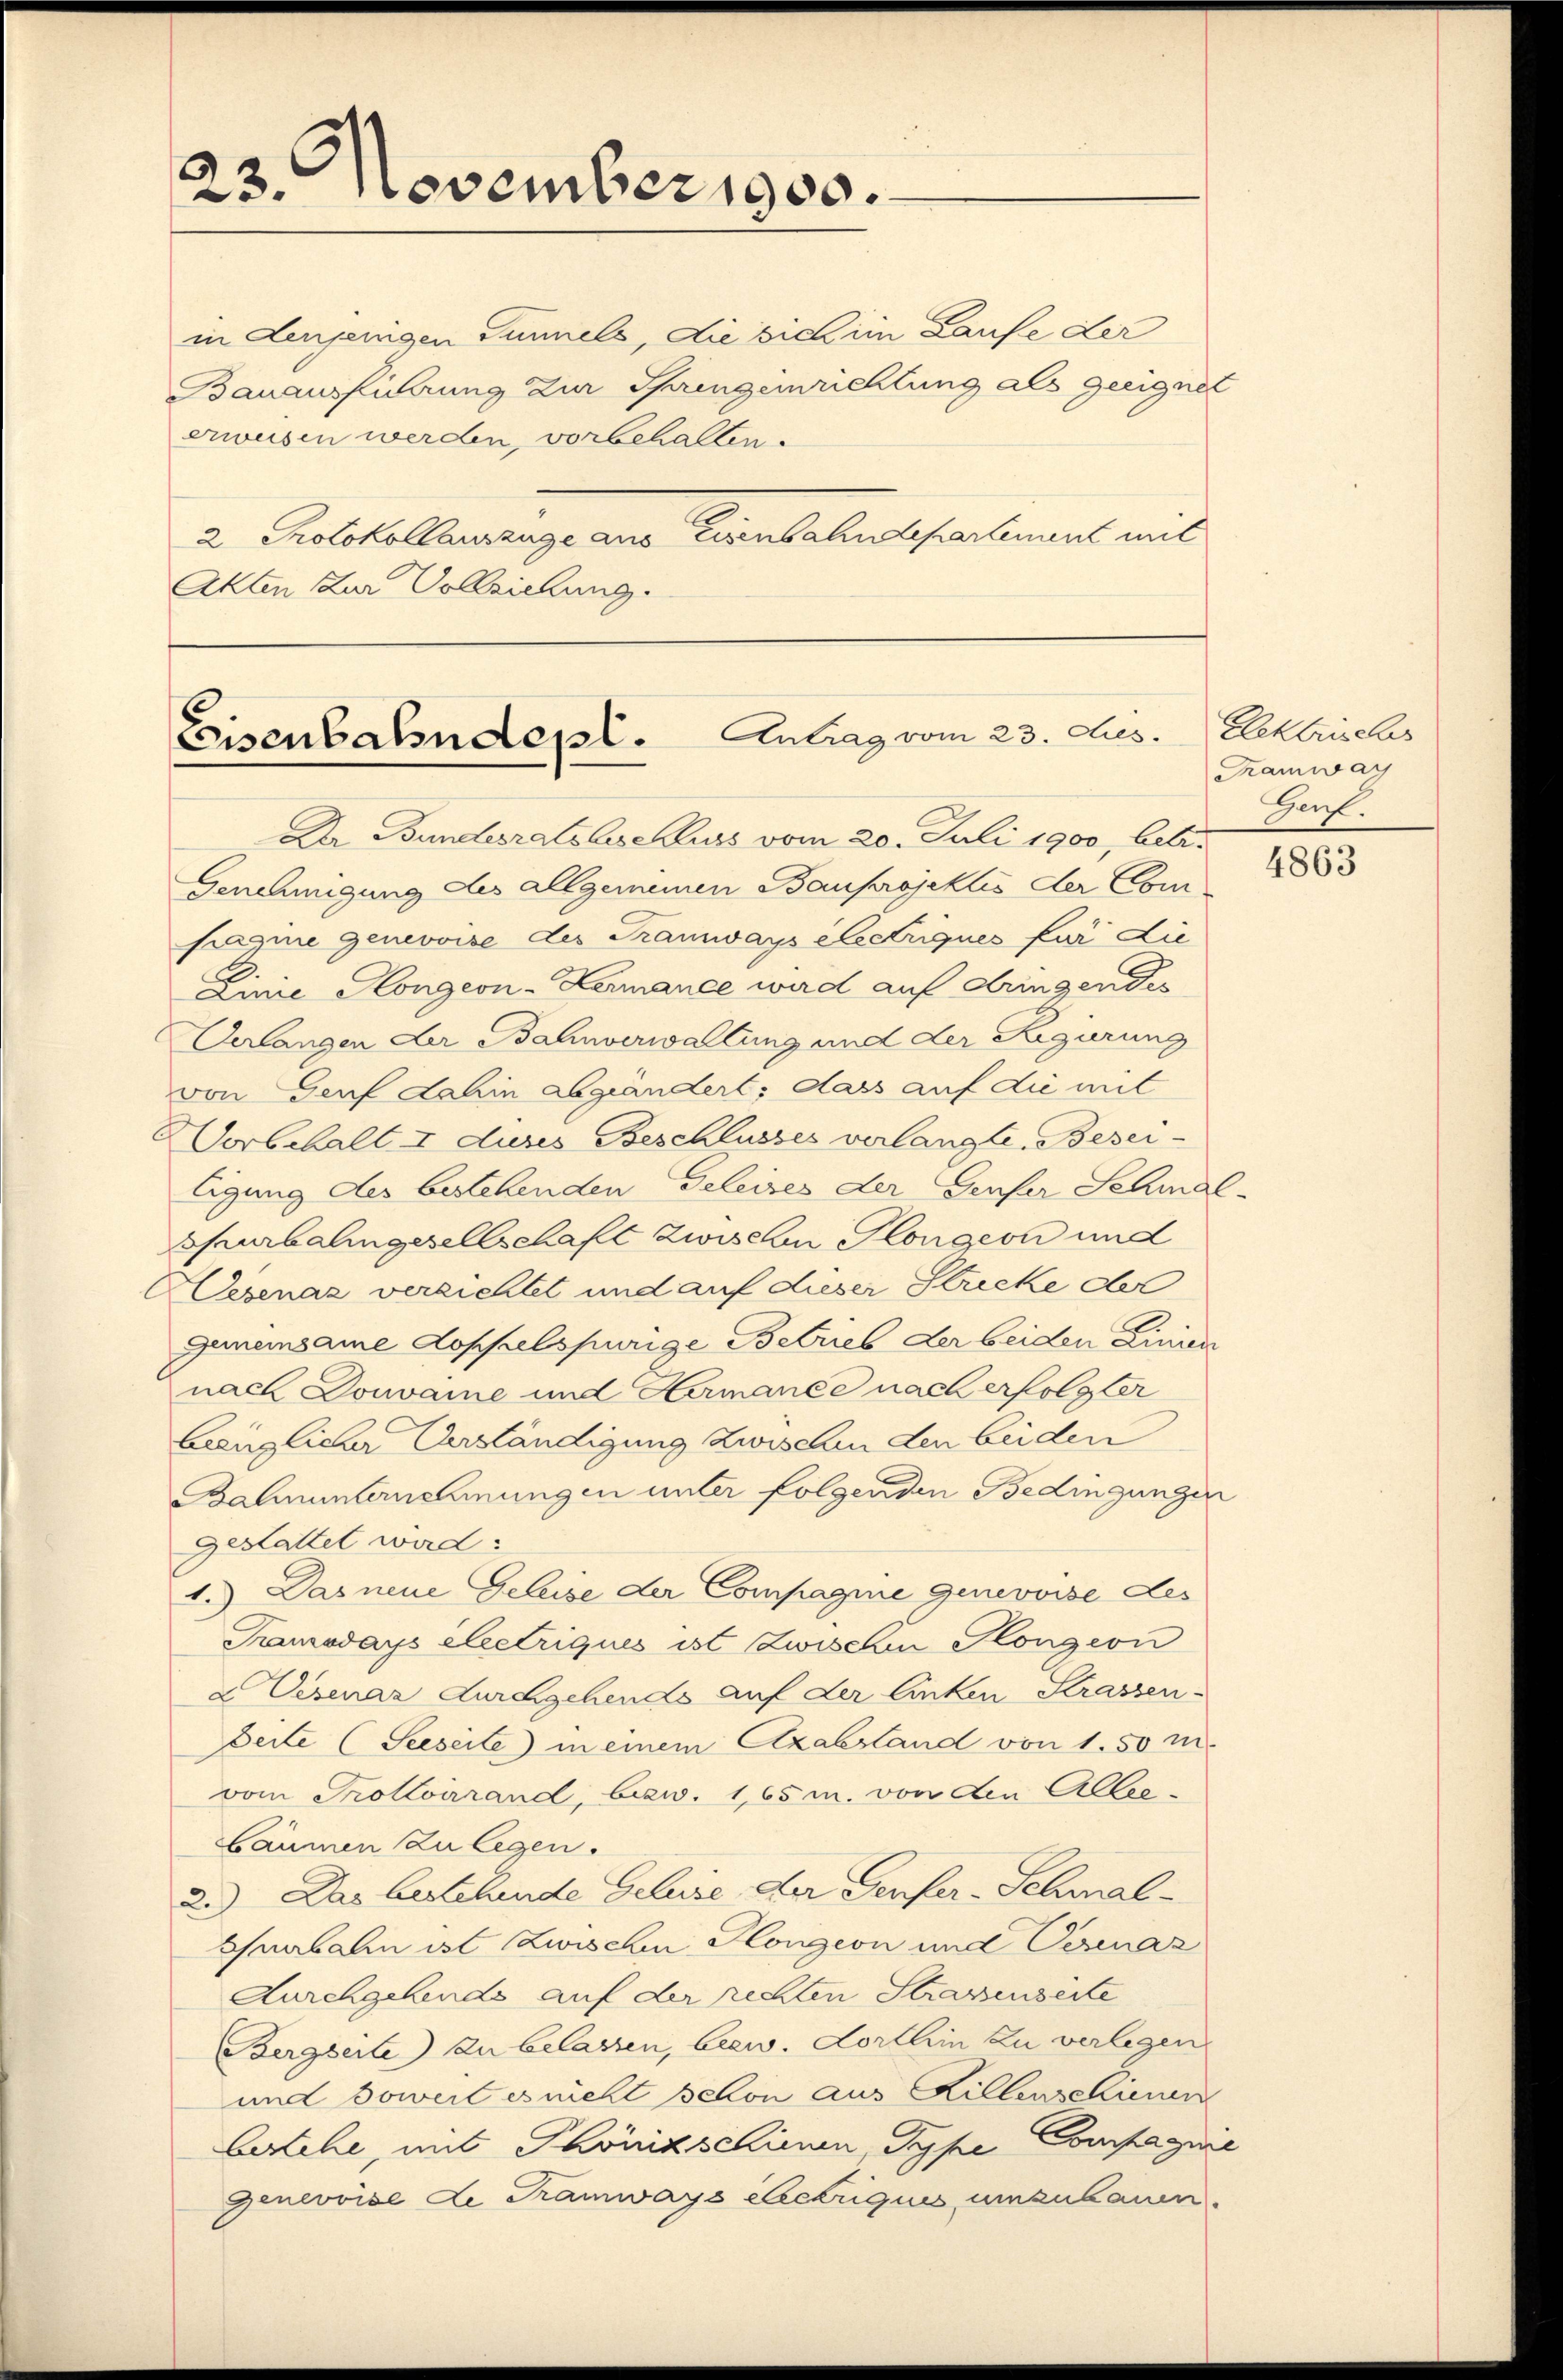
23. November 1900.

in denjenigen Tunnels, die sich im Laufe der
Bauausführung zur Springenrichtung als geeignet
erweisen werden, vorbehalten.
2 Protokollauszüge aus Eisenbahndepartement mit
Akten Zur Vollziehung.

Eeisenbahndepl. Antrag vom 23. Aus

Dr. Bundesratsbeschluss vom 20. Juli 1900, betr.
Genehmigung des allgemeinen Bauprojektes der Com-
sagie genevoise des Tramways électriques für die
Linie Hongeon-Lermanee wird auf dringendes
Verlangen der Bahnverwaltung und der Regierung
von Genf dahin abgeändert; dass auf die mit
Dorbehalt I dieses Beschlusses verlangte Beseiligung des bestehenden Geleises der Genfer Schmal-
Churbalingesellschaft zwiseln Plongion und
Wesenaz verzichtet und auf dieser Stricke der
gemeinsame Doppelspurige Betrieb der beiden Linien
nach Ponvaine und Hermance nach erfolgter
Lienzlicher Verständigung zwischen den beiden
Balmunternehmungen unter folgenden Bedingungen
geLattet ward:
1.) Das neue Geleise der Compagnie genevoise des
Tramodays electriques ist Zwischen Honigion
a Eisenaz durchgehende auf der linken Strassen-
Seite (Seeseite) in einem Azabstand von 1.50 m.
vom Trottoirrand, bezw. 1,65 m. von den Allerbäumen zu legen.
2.) Das bestehende Geleise der Senfer-Schmal-
Subalen ist zwischen Plangeon und Verenaz
Aurchgehends auf der rechten Strassenseite
Bergseite) zu belassen, bezw. Horthin zu verlegen
und soweit es nicht schon aus Hillenschienen
bestehe, mit Phönikschienen, Type Compagnie
Genevoise de Tramways Electriquis umzubauen.

Elektrisches
Tramwar
Genf.

4863